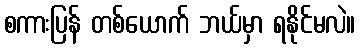
စကားပြန် တစ်ယောက် ဘယ်မှာ ရနိုင်မလဲ။